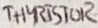
Text: THYRISTOR